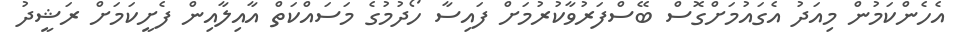
އެހެންކަމުން މިއަދު އެގައުމަށްގޮސް ބޭސްފަރުވާކުރުމަށް ފައިސާ ހޯދުމުގެ މަސައްކަތް އާއިލާއިން ފެށީކަމަށް ރަޝީދު